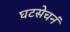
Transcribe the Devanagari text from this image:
घटसेचनं